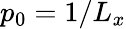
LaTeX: p_{0}=1/L_{x}